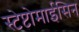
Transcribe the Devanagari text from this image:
स्टेप्टोमाईसिन